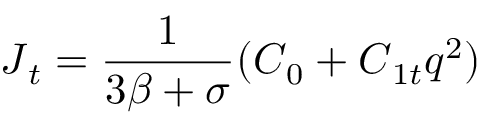
\boldsymbol J _ { t } = \frac { 1 } { 3 \beta + \sigma } ( \boldsymbol C _ { 0 } + \boldsymbol C _ { 1 t } \boldsymbol { q } ^ { 2 } )